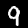
Label: 9